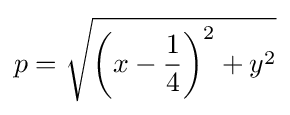
p={\sqrt {\left(x-{\frac {1}{4}}\right)^{2}+y^{2}}}